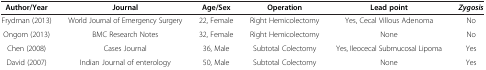
| Author/Year | Journal | Age/Sex | Operation | Lead point | Zygosis |
 | --- | --- | --- | --- | --- | --- |
 | Frydman (2013) | World Journal of Emergency Surgery | 22, Female | Right Hemicolectomy | Yes, Cecal Villous Adenoma | No |
 | Ongom (2013) | BMC Research Notes | 32, Female | Right Hemicolectomy | None | No |
 | Chen (2008) | Cases Journal | 36, Male | Subtotal Colectomy | Yes, Ileocecal Submucosal Lipoma | Yes |
 | David (2007) | Indian Journal of enterology | 50, Male | Subtotal Colectomy | None | Yes |